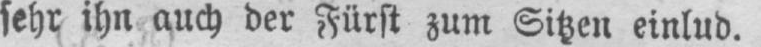
sehr ihn auch der Fürst zum Sitzen einlud.